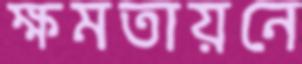
ক্ষমতায়নে